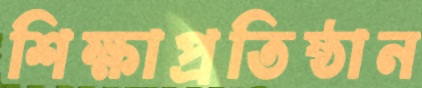
শিক্ষাপ্রতিষ্ঠান